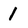
Character: 1